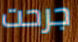
جرحت